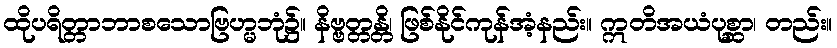
ထိုပရိတ္တာဘာစသောဗြဟ္မဘုံ၌။ နိဗ္ဗတ္တန္တိ၊ ဖြစ်နိုင်ကုန်အံ့နည်း။ ဣတိအယံပုစ္ဆာ၊ တည်း။